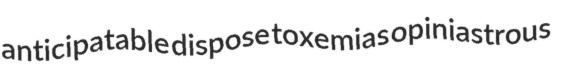
anticipatable dispose toxemias opiniastrous